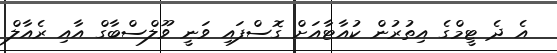
އެ ދެ ޓީމްގެ އިތުރުން ކުއާޓާއަށް ގޮސްފައި ވަނީ ވޫލްސްބާގް އާއި ރެއާލް